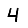
Digit: 4